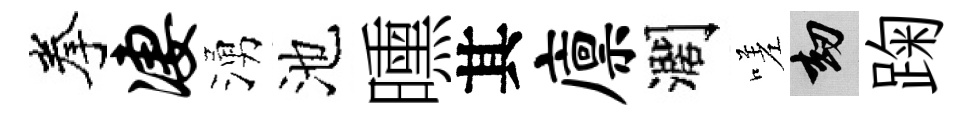
拳凄湧池曛其廪濶嗟劫踘